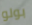
بولو